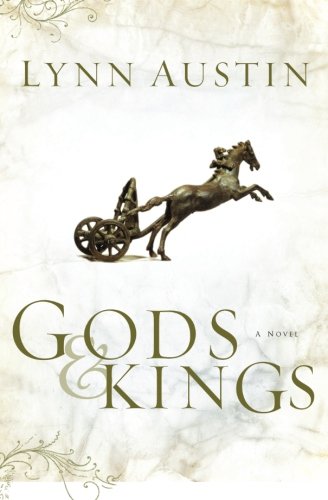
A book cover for Gods and Kings (Chronicles of the Kings #1) (Volume 1); Lynn Austin; Literature & Fiction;